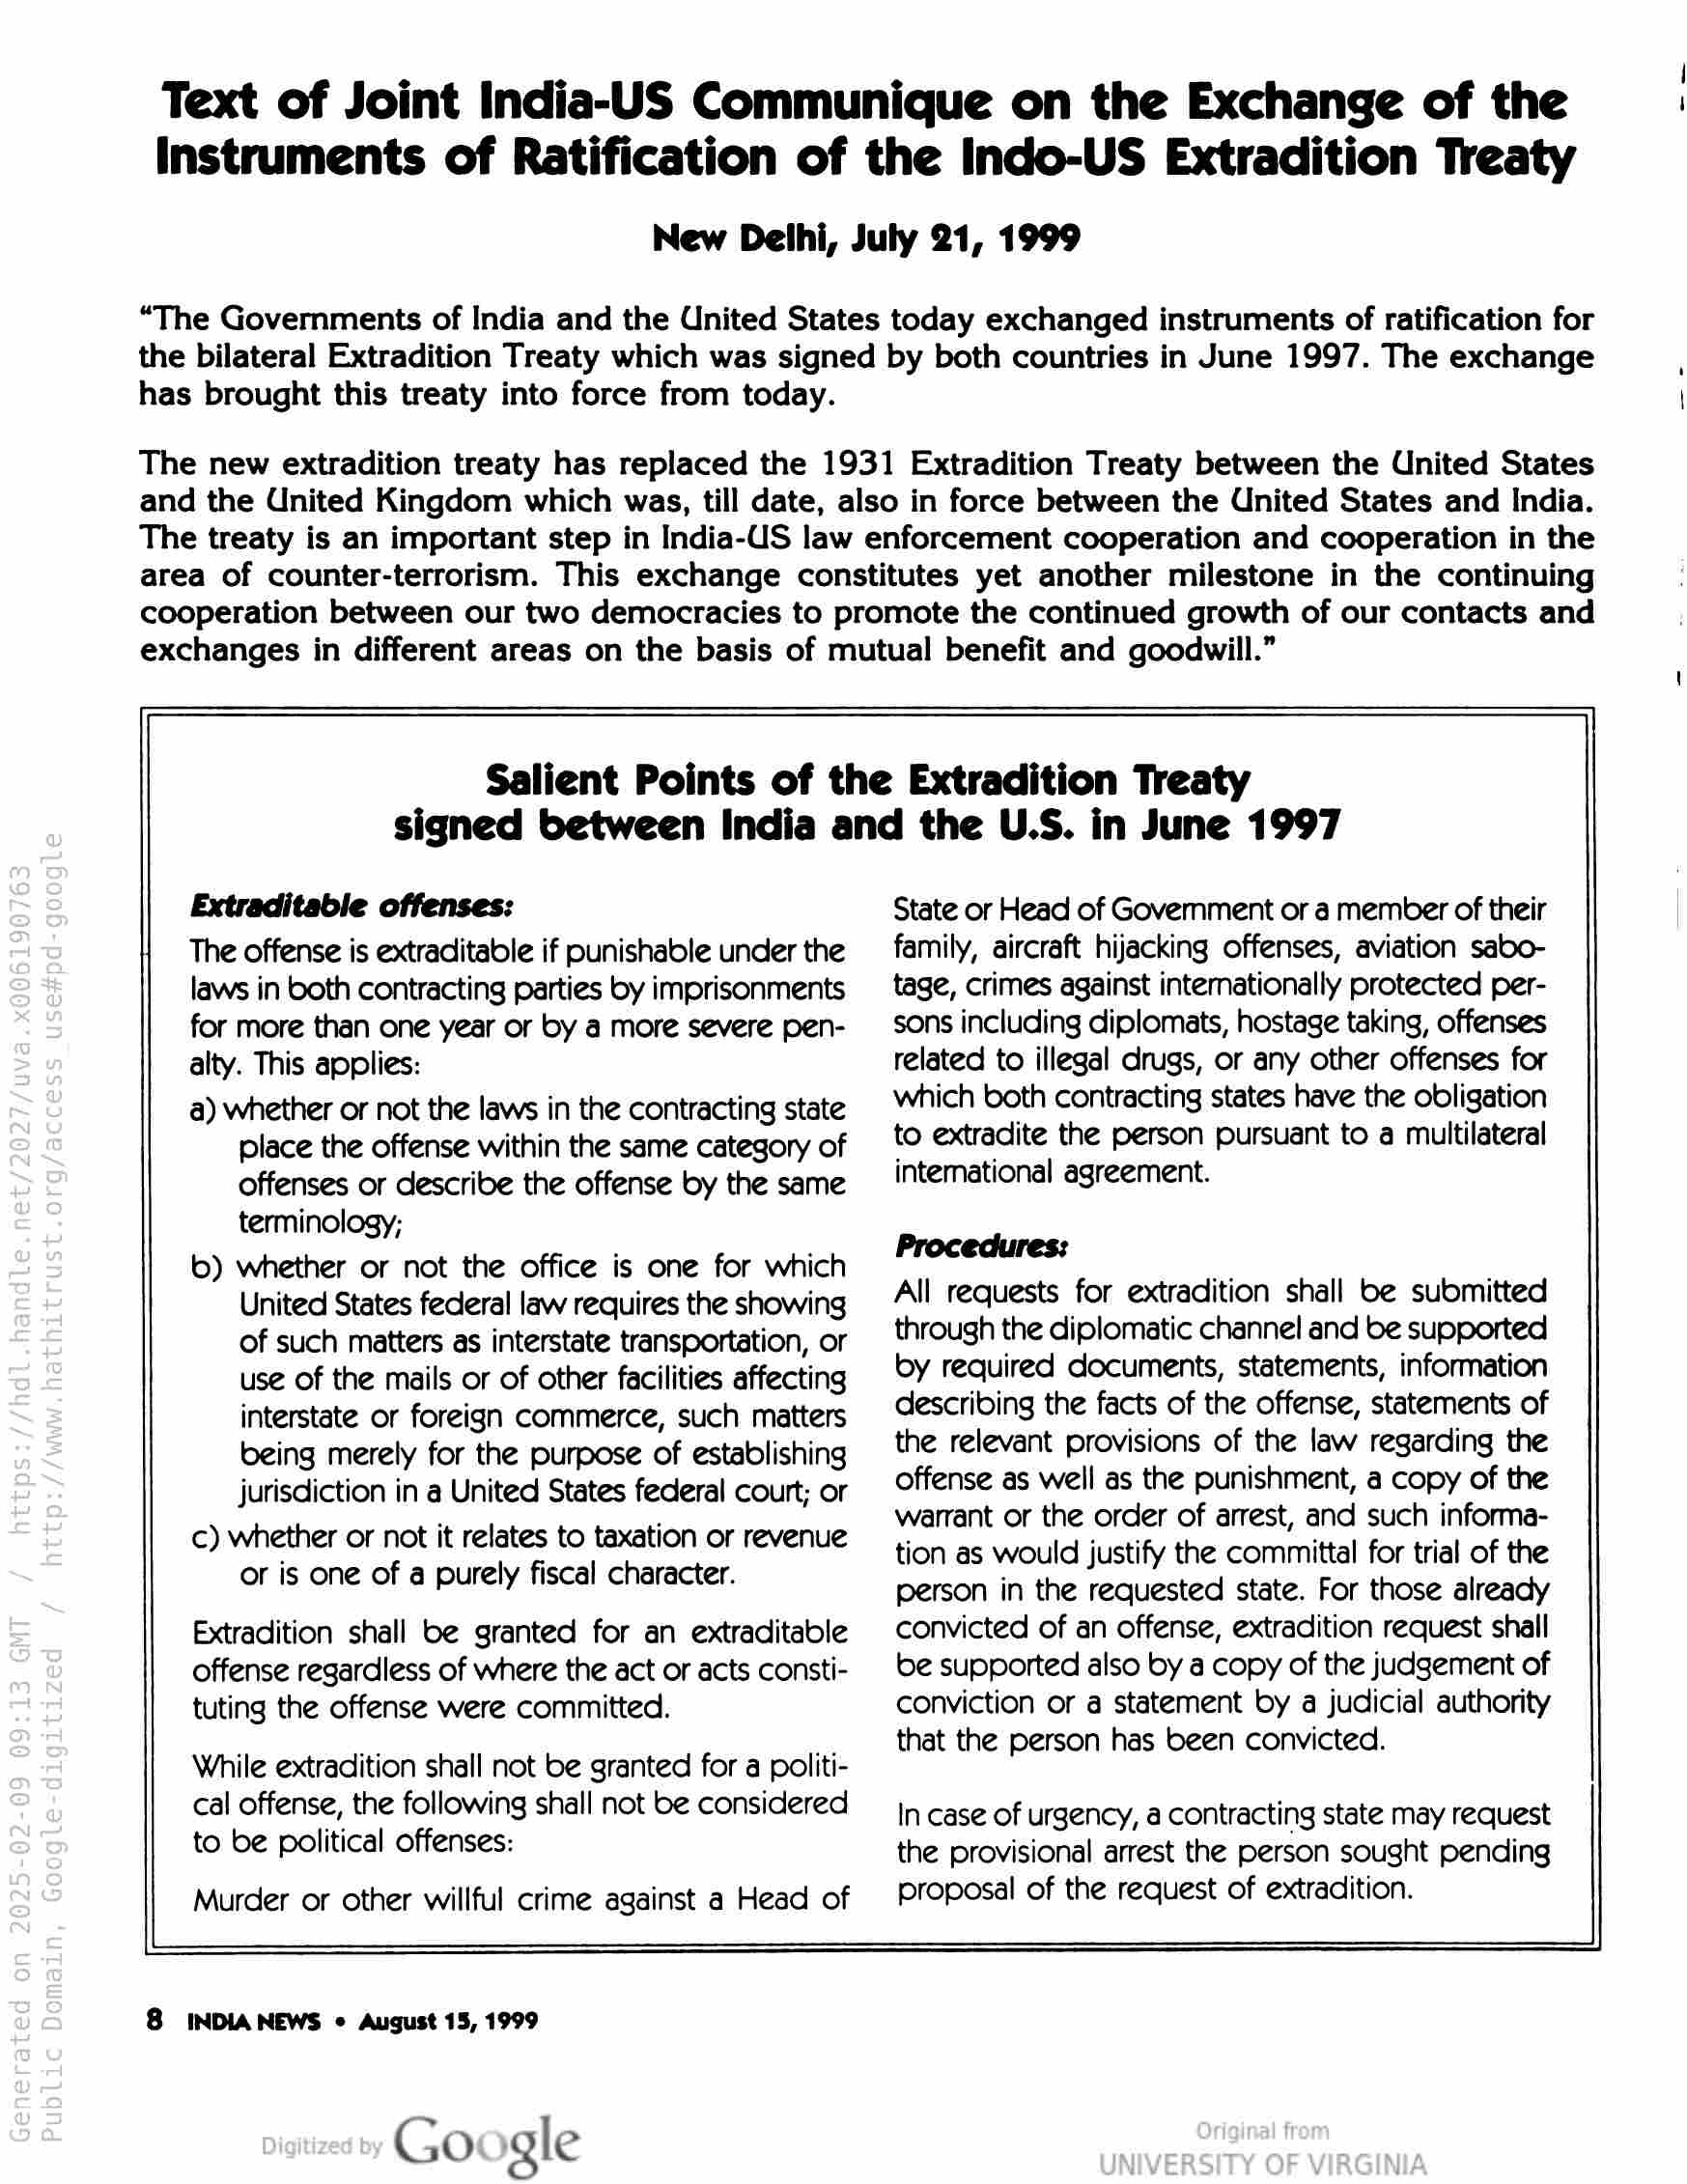
Text of Joint India-US Communique on the Exchange of the
Instruments of Ratification of the Indo-US Extradition Treaty

New Delhi, July 21, 1999

“The Governments of India and the United States today exchanged instruments of ratification for
the bilateral Extradition Treaty which was signed by both countries in June 1997. The exchange
has brought this treaty into force from today.

The new extradition treaty has replaced the 1931 Extradition Treaty between the United States
and the United Kingdom which was, till date, also in force between the United States and India.
The treaty is an important step in India-US law enforcement cooperation and cooperation in the
area of counter-terrorism. This exchange constitutes yet another milestone in the continuing
cooperation between our two democracies to promote the continued growth of our contacts and
exchanges in different areas on the basis of mutual benefit and goodwill.”

Salient Points of the Extradition Treaty
signed between India and the U.S. in June 1997

Extraditable offenses:

The offense is extraditable if punishable under the
laws in both contracting parties by imprisonments
for more than one year or by a more severe pen-
alty. This applies:

a) whether or not the laws in the contracting state
place the offense within the same category of
offenses or describe the offense by the same
terminology;

©) whether or not the office is one for which
United States federal law requires the showing
of such matters as interstate transportation, or
use of the mails or of other facilities affecting
interstate or foreign commerce, such matters
being merely for the purpose of establishing
jurisdiction in a United States federal court; or

c) whether or not it relates to taxation or revenue
or is one of a purely fiscal character.

Extradition shall be granted for an extraditable
offense regardless of where the act or acts consti-
tuting the offense were committed.

While extradition shall not be granted for a politi-
cal offense, the following shall not be considered
to be political offenses:

Murder or other willful crime against a Head of

8 INDIA NEWS © August 15, 1999

Go gle

State or Head of Govemment or a member of their
family, aircraft hijacking offenses, aviation sabo-
tage, crimes against internationally protected per-
sons including diplomats, hostage taking, offenses
related to illegal drugs, or any other offenses for
which both contracting states have the obligation
to extradite the person pursuant to a multilateral
intemational agreement.

Procedures:

All requests for extradition shall be submitted
through the diplomatic channel and be supported
oy required documents, statements, information
describing the facts of the offense, statements of
the relevant provisions of the law regarding the
offense as well as the punishment, a copy of the
warrant or the order of arrest, and such informa-
tion as would justify the committal for trial of the
person in the requested state. For those already
convicted of an offense, extradition request shall
be supported also by a copy of the judgement of
conviction or a statement by a judicial authority
that the person has been convicted.

In case of urgency, a contracting state may request
the provisional arrest the person sought pending
proposal of the request of extradition.